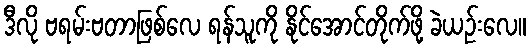
ဒီလို ဗရမ်းဗတာဖြစ်လေ ရန်သူကို နိုင်အောင်တိုက်ဖို့ ခဲယဉ်းလေ။